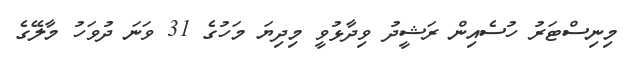
މިނިސްޓަރު ހުސެއިން ރަޝީދު ވިދާޅުވީ މިދިޔަ މަހުގެ 31 ވަނަ ދުވަހު މާލޭގެ